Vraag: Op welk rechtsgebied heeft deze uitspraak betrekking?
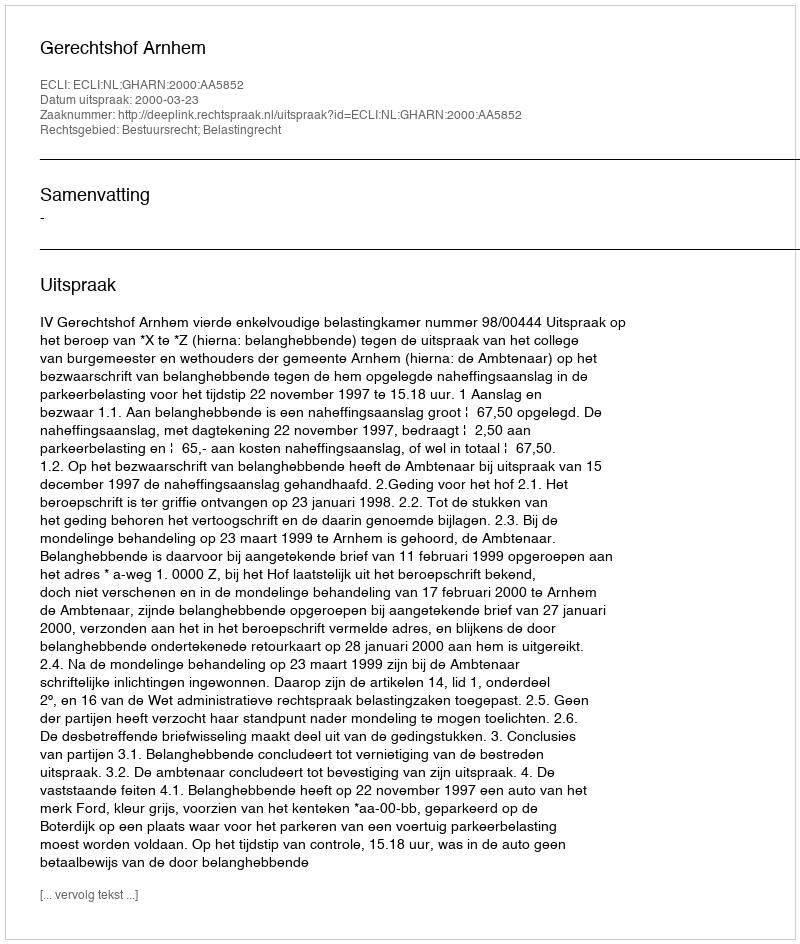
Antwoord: Bestuursrecht; Belastingrecht